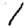
Digit: 1